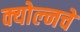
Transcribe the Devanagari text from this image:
क्योल्नचे